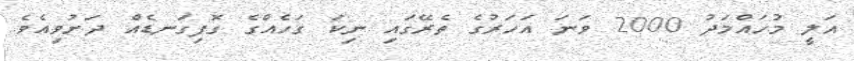
އަލީ މުހައްމަދު 2000 ވަނަ އަހަރުގެ ތެރޭގައި ނިކަ ގަހެއްގެ ގޮފިގަނޑެއް ދަށުވިއެވެ.